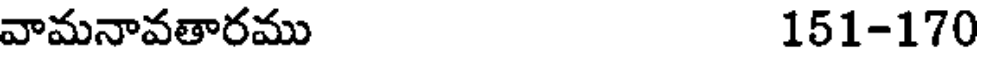
వామనావతారము 151-170